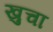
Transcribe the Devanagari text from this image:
खुचा